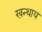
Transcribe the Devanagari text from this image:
खन्थाय